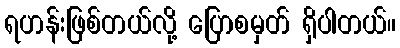
ရဟန်းဖြစ်တယ်လို့ ပြောစမှတ် ရှိပါတယ်။